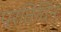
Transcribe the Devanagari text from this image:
प्रतिदिन